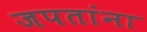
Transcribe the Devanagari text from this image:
जपतांना